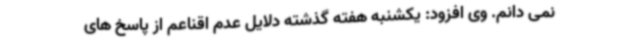
نمی دانم. وی افزود: یکشنبه هفته گذشته دلایل عدم اقناعم از پاسخ های